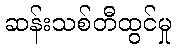
ဆန်းသစ်တီထွင်မှု